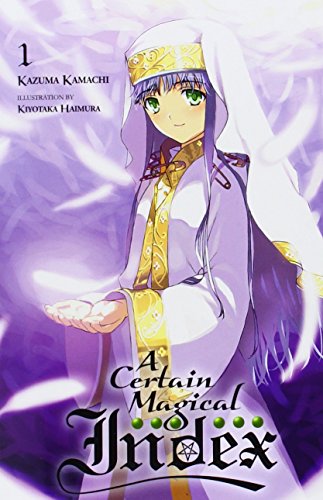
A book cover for A Certain Magical Index, Vol. 1; Kazuma Kamachi; Science Fiction & Fantasy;